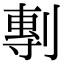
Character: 剸